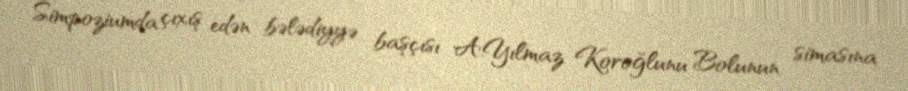
Simpoziumda çıxış edən bələdiyyə başçısı A.Yılmaz Koroğlunu Bolunun simasına